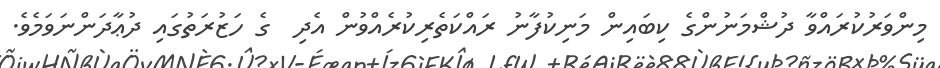
މިންވަރުކުރައްވާ ދުޝްމަނުންގެ ކިބައިން މަނިކުފާނު ރައްކަތެރިކުރެއްވުން އެދި  ގެ ހަޒުރަތުގައި ދުޢާދަންނަވަމެވެ.